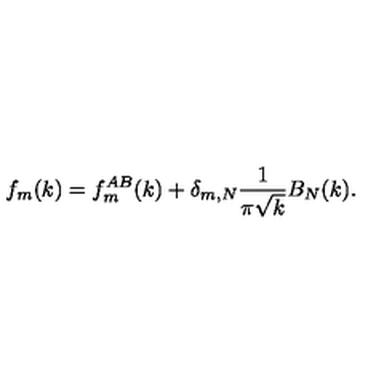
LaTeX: f _ { m } ( k ) = f _ { m } ^ { A B } ( k ) + \delta _ { m , N } { \frac { 1 } { \pi \sqrt { k } } } B _ { N } ( k ) .